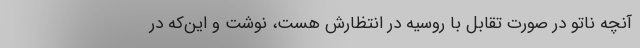
آنچه ناتو در صورت تقابل با روسیه در انتظارش هست، نوشت و این‌که در